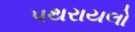
પથરાયલો